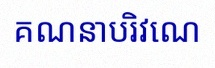
គណនាបរិវេណ